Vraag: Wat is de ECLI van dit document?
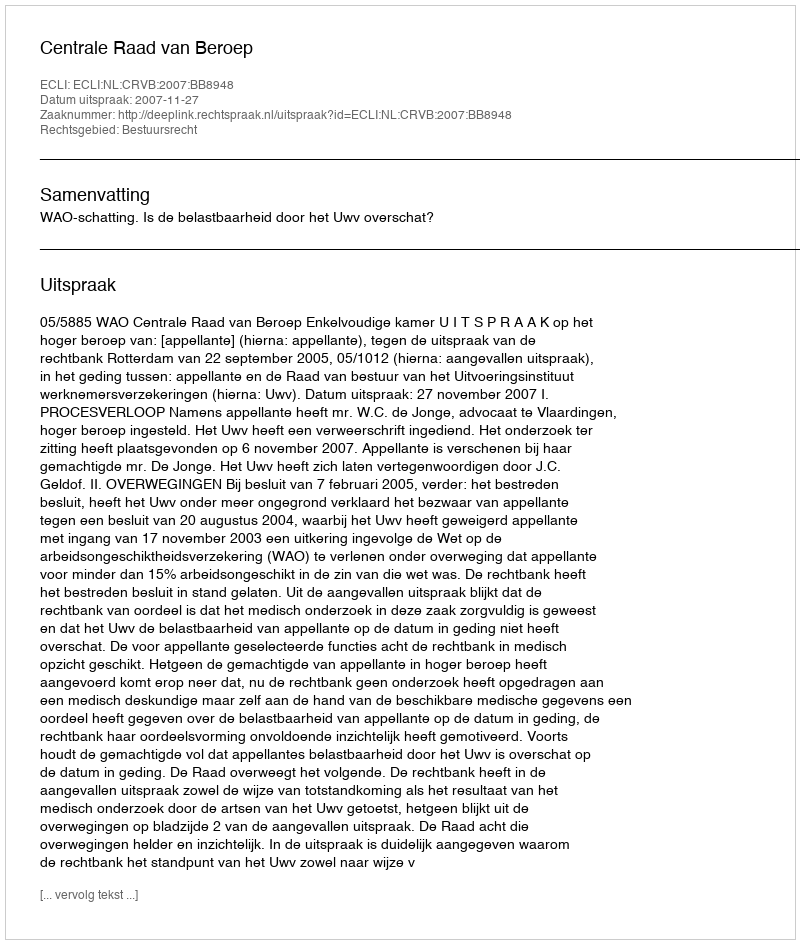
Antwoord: ECLI:NL:CRVB:2007:BB8948